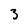
Character: 3